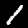
Digit: 1